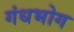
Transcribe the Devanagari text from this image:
गंधभोग